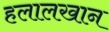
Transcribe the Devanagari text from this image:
हलालखान